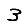
Digit: 3